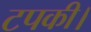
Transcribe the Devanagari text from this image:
टपकी।